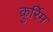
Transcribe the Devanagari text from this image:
कुर्रिम